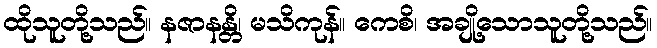
ထိုသူတို့သည်။ နဇာနန္တိ၊ မသိကုန်။ ကေစိ၊ အချို့သောသူတို့သည်။